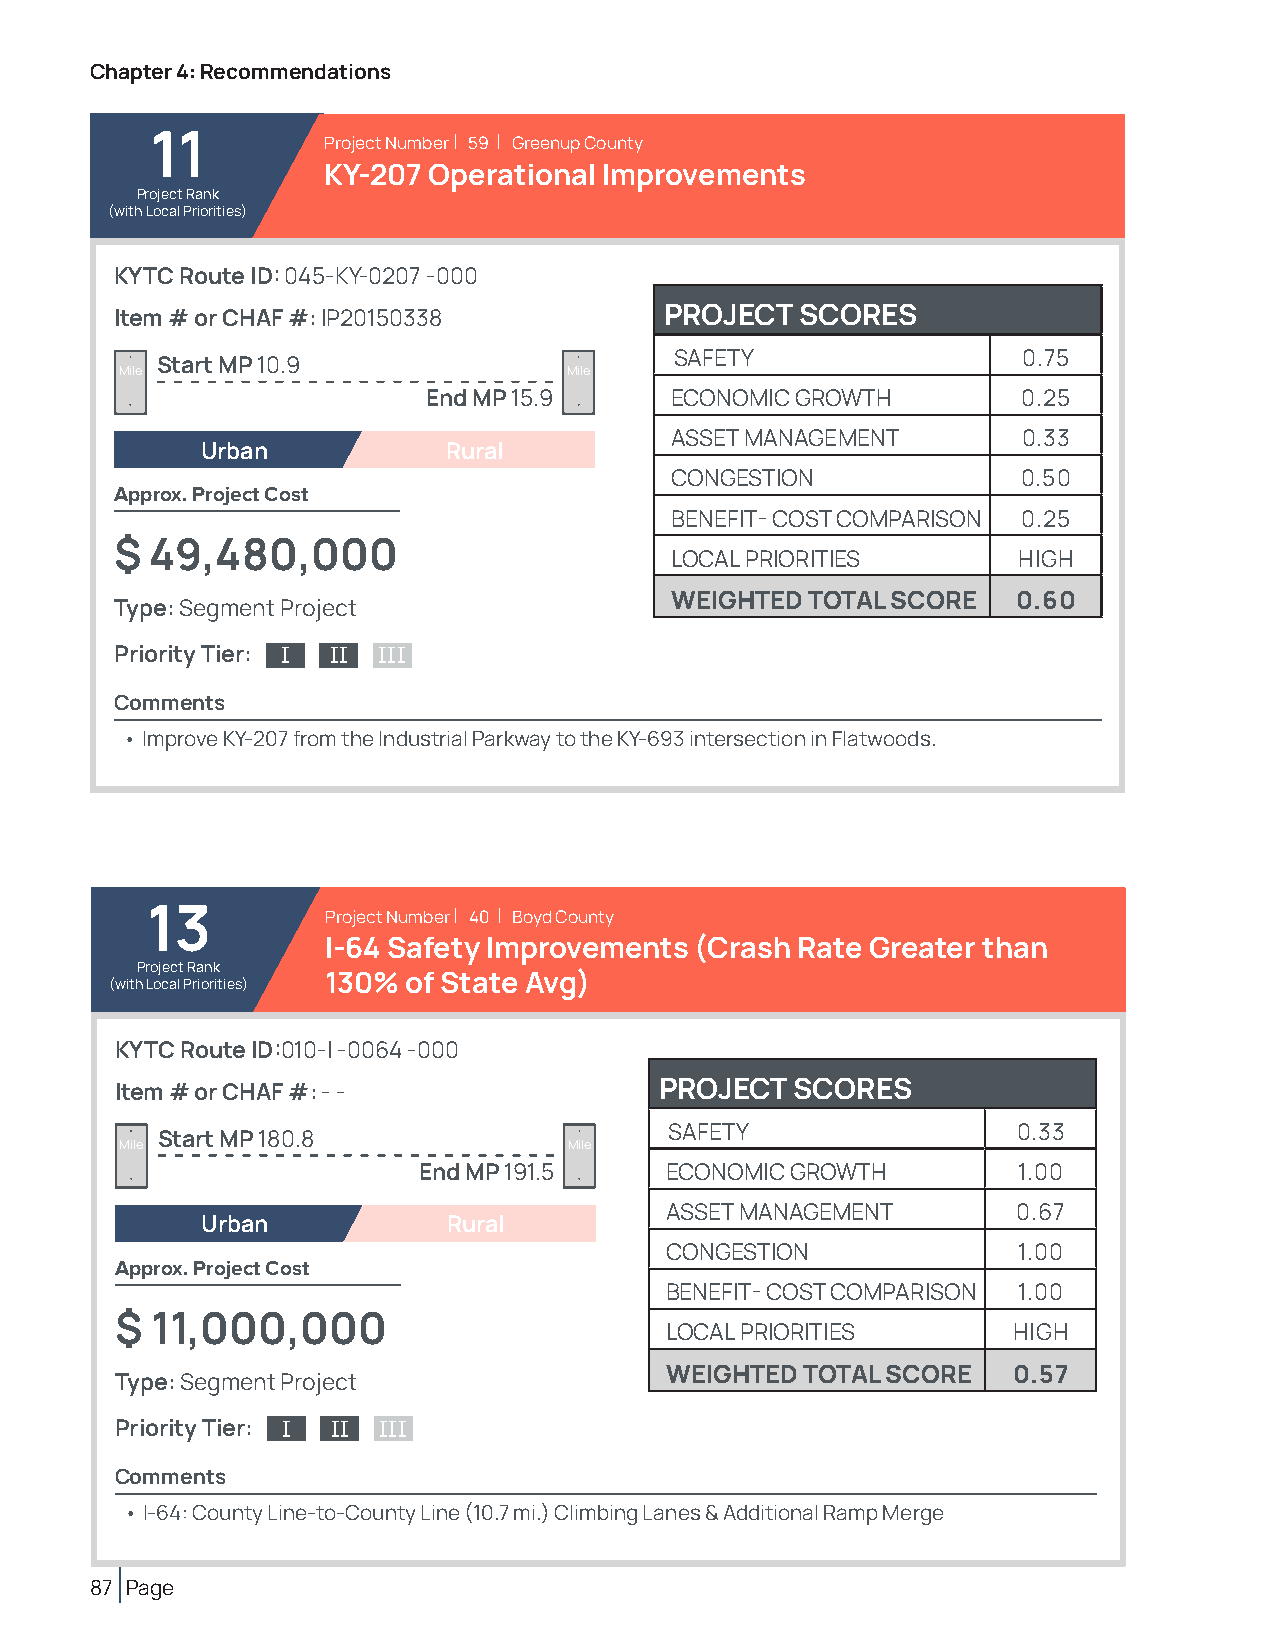
Chapter 4: Recommendations
 11         Project Number | 59 | Greenup County
 KY-207 Operational Improvements
 Project Rank
 (with Local Priorities)
 KYTC Route ID: 045-KY-0207 -000
 Item # or CHAF #: IP20150338        PROJECT  SCORES
 SAFETY                 0.75
 Start MP 10.9
 Mile                          Mile
 End MP 15.9     ECONOMIC GROWTH         0.25
 ASSET MANAGEMENT        0.33
 Urban            Rural
 CONGESTION              0.50
 Approx. Project Cost
 BENEFIT- COST COMPARISON 0.25
 $ 49,480,000
 LOCAL PRIORITIES       HIGH
 WEIGHTED TOTAL SCORE   0.60
 Type: Segment Project
 Priority Tier: I II III
 Comments
 • Improve KY-207 from the Industrial Parkway to the KY-693 intersection in Flatwoods.
 13          Project Number | 40 | Boyd County
 I-64 Safety Improvements (Crash Rate Greater than
 Project Rank
 (with Local Priorities) 130% of State Avg)
 KYTC Route ID:010-I -0064 -000
 Item # or CHAF #: - -               PROJECT  SCORES
 SAFETY                 0.33
 Start MP 180.8
 Mile                          Mile
 End MP 191.5    ECONOMIC GROWTH        1.00
 ASSET MANAGEMENT       0.67
 Urban            Rural
 CONGESTION             1.00
 Approx. Project Cost
 BENEFIT- COST COMPARISON 1.00
 $ 11,000,000
 LOCAL PRIORITIES       HIGH
 WEIGHTED TOTAL SCORE   0.57
 Type: Segment Project
 Priority Tier: I II III
 Comments
 • I-64: County Line-to-County Line (10.7 mi.) Climbing Lanes & Additional Ramp Merge
 87 Page